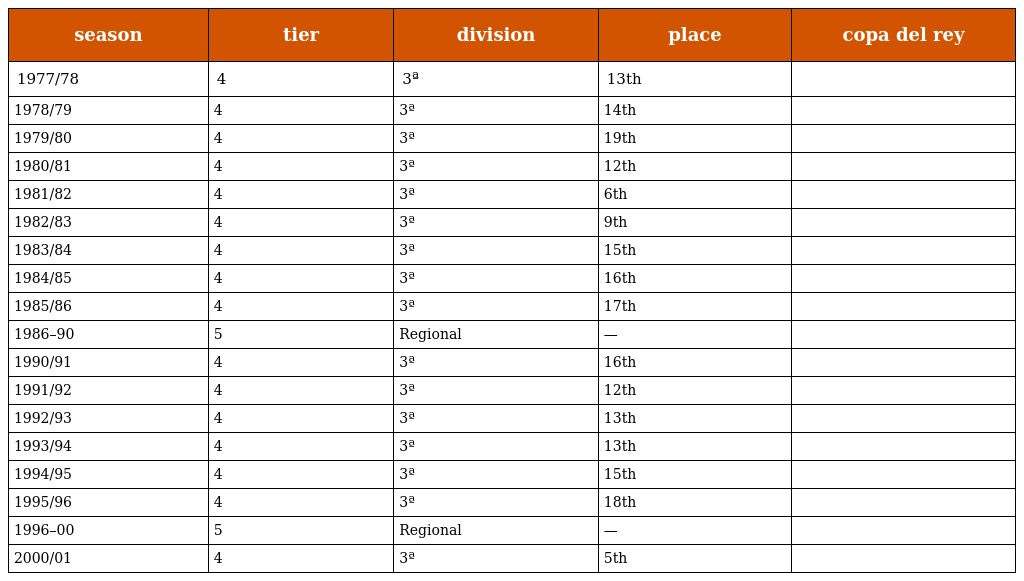
| season | tier | division | place | copa del rey |
 | --- | --- | --- | --- | --- |
 | 1977/78 | 4 | 3ª | 13th |  |
 | 1978/79 | 4 | 3ª | 14th |  |
 | 1979/80 | 4 | 3ª | 19th |  |
 | 1980/81 | 4 | 3ª | 12th |  |
 | 1981/82 | 4 | 3ª | 6th |  |
 | 1982/83 | 4 | 3ª | 9th |  |
 | 1983/84 | 4 | 3ª | 15th |  |
 | 1984/85 | 4 | 3ª | 16th |  |
 | 1985/86 | 4 | 3ª | 17th |  |
 | 1986–90 | 5 | Regional | — |  |
 | 1990/91 | 4 | 3ª | 16th |  |
 | 1991/92 | 4 | 3ª | 12th |  |
 | 1992/93 | 4 | 3ª | 13th |  |
 | 1993/94 | 4 | 3ª | 13th |  |
 | 1994/95 | 4 | 3ª | 15th |  |
 | 1995/96 | 4 | 3ª | 18th |  |
 | 1996–00 | 5 | Regional | — |  |
 | 2000/01 | 4 | 3ª | 5th |  |